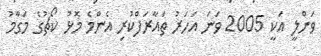
ވަންލީ އަކީ 2005 ވަނަ އަހަރު ތައާރަފްކުރި އެންމެ މޮޅު ކޯޗުގެ މަގާމު